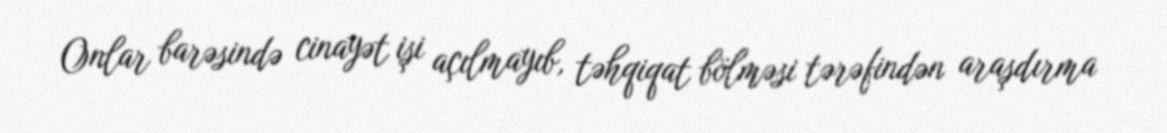
Onlar barəsində cinayət işi açılmayıb, təhqiqat bölməsi tərəfindən araşdırma